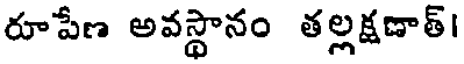
రూపేణ అవస్థానం తల్లక్షణాత్।